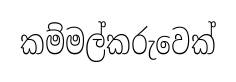
කම්මල්කරුවෙක්